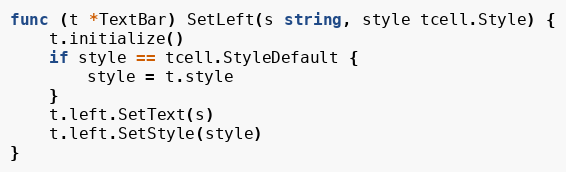
Language: Go
func (t *TextBar) SetLeft(s string, style tcell.Style) {
	t.initialize()
	if style == tcell.StyleDefault {
		style = t.style
	}
	t.left.SetText(s)
	t.left.SetStyle(style)
}